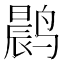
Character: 𫜀